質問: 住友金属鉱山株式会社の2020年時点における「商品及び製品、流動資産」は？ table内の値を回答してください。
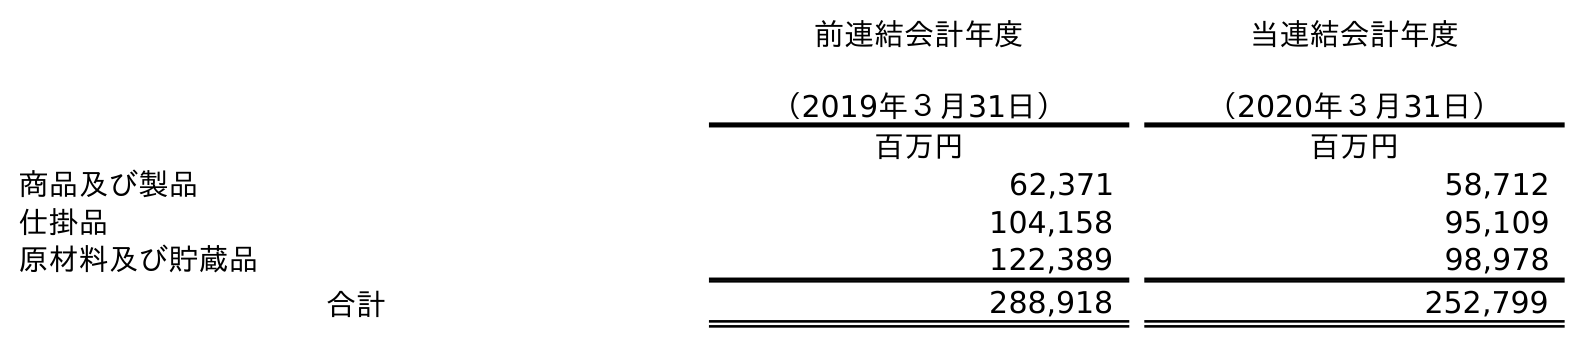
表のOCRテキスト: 前連結会計年度 （2019年３月31日） 当連結会計年度 （2020年３月31日） 百万円 百万円 商品及び製品 62,371 58,712 仕掛品 104,158 95,109 原材料及び貯蔵品 122,389 98,978 合計 288,918 252,799
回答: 58,712